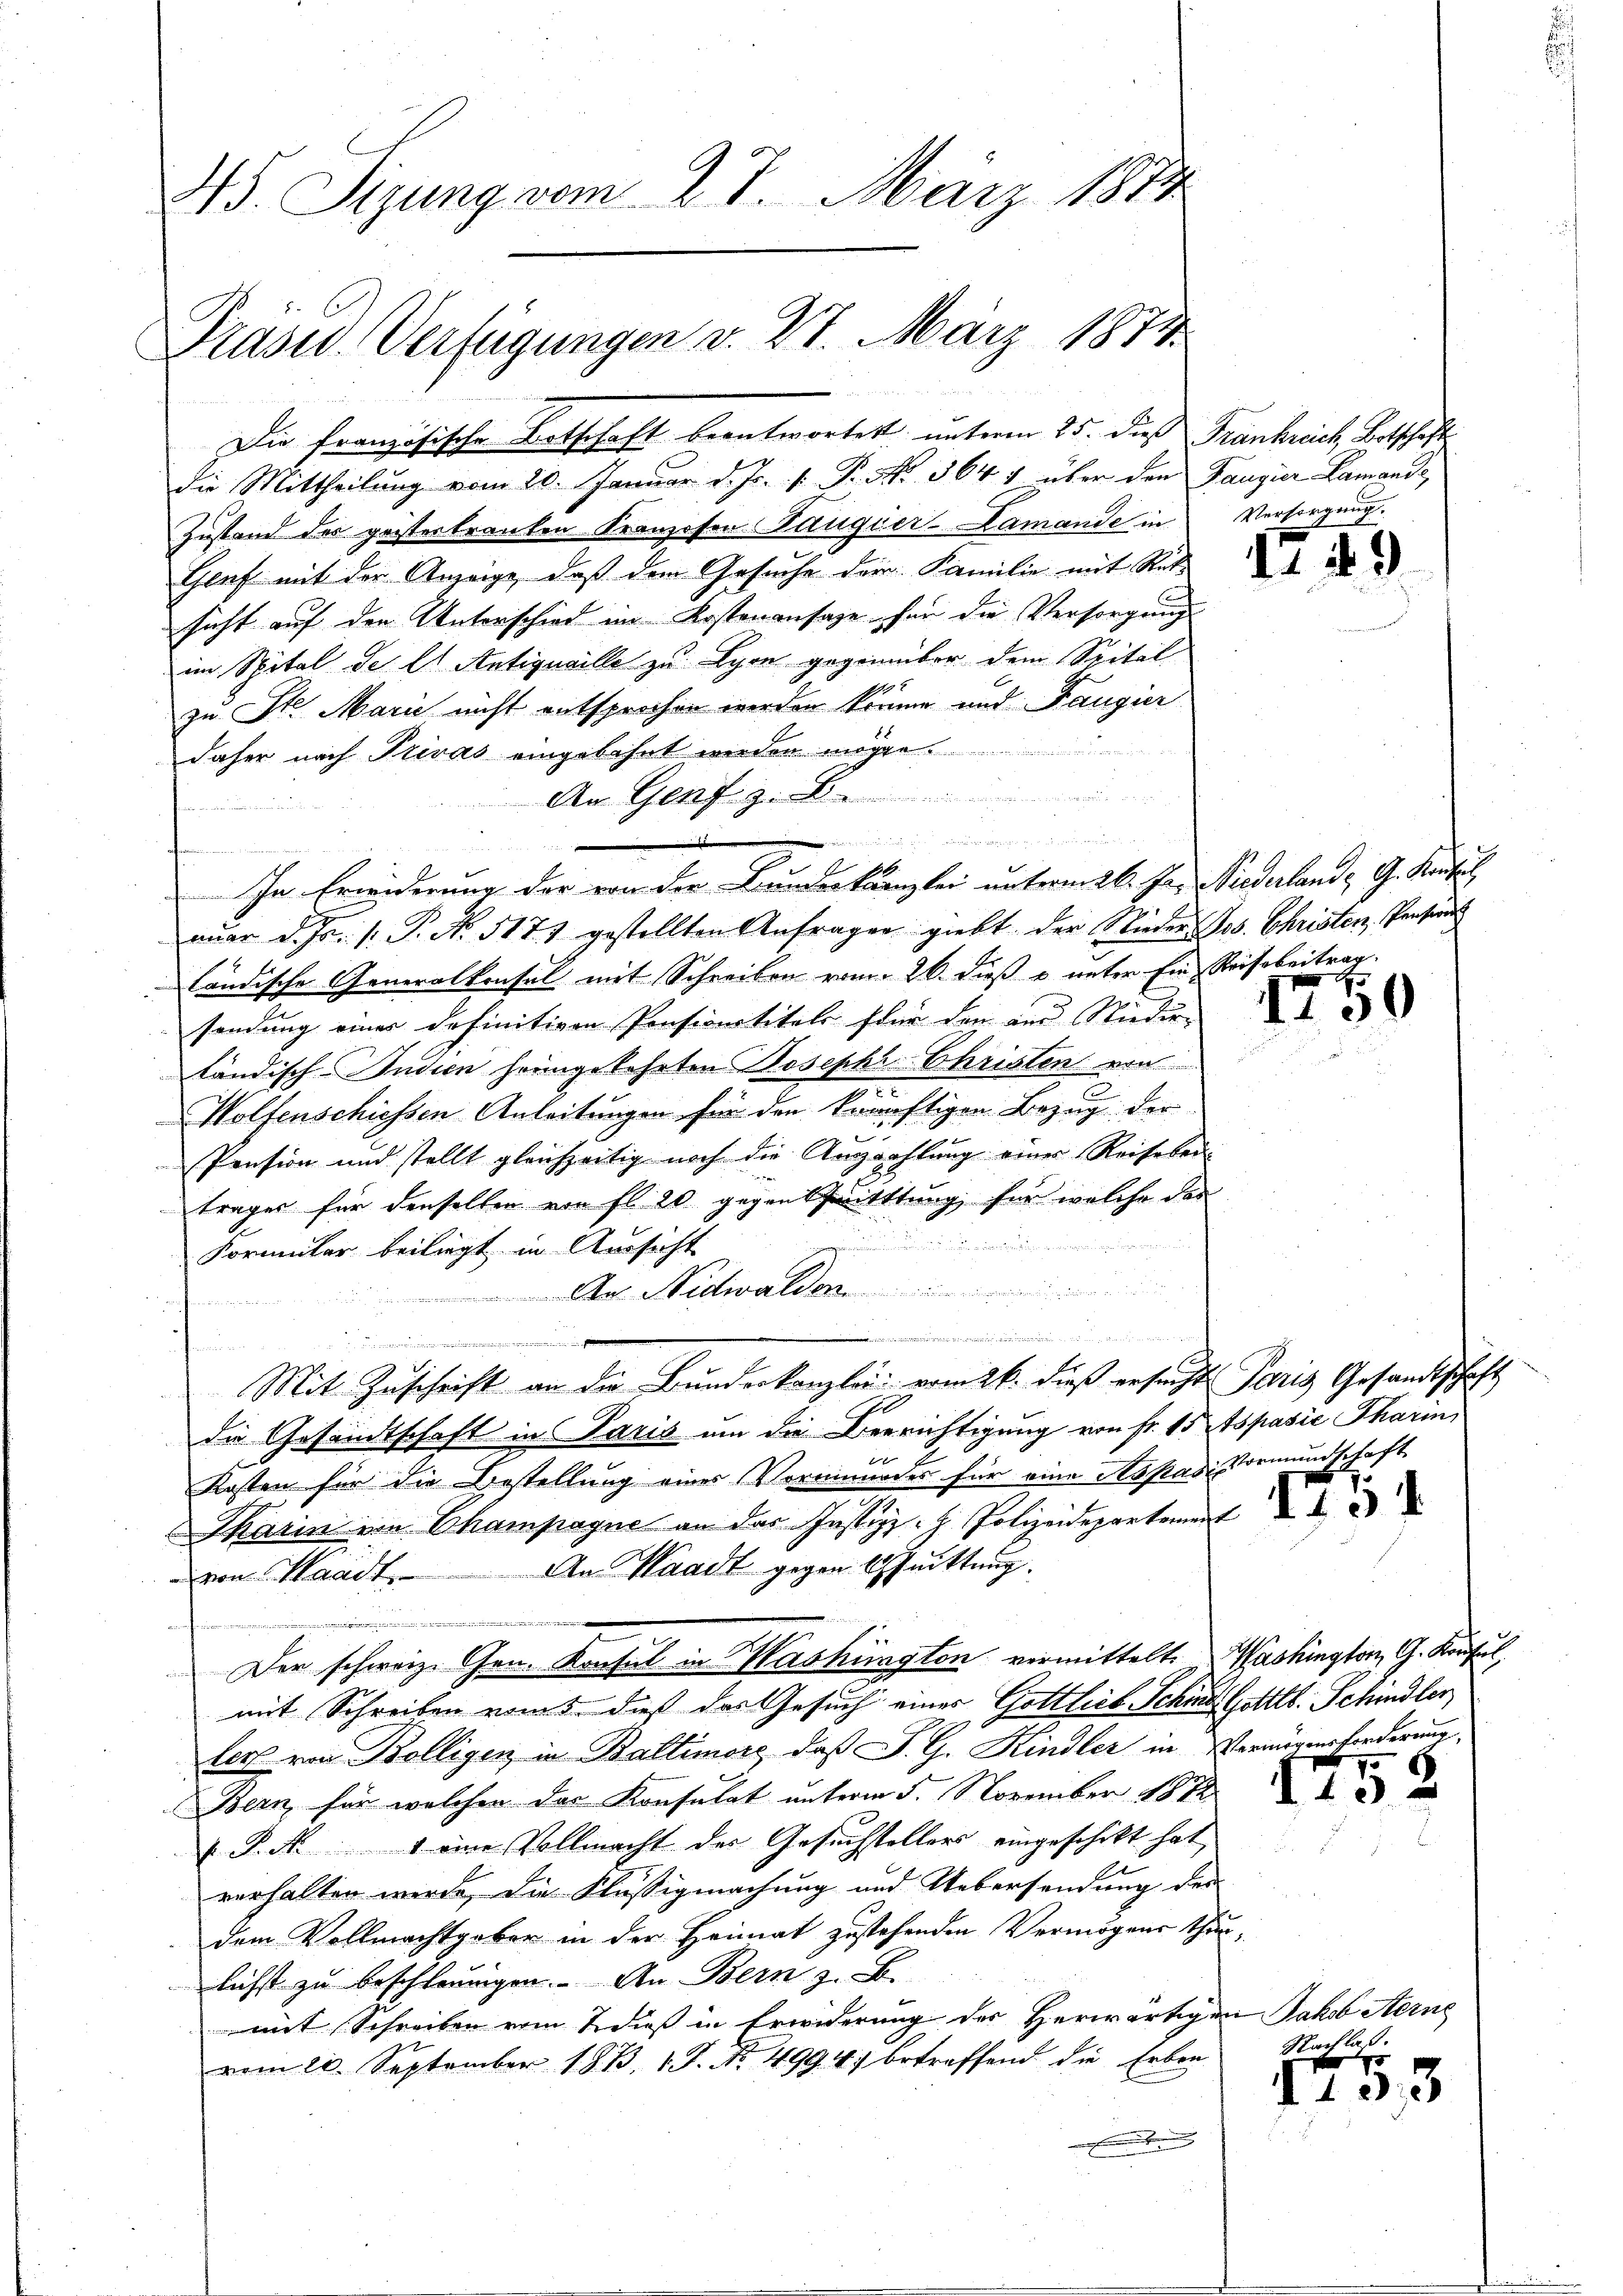
35. Sigung vom 27. März 1874

Präsid. Verfügungen v. 27. März 1874

Die Französische Botschaft beantwortet unterm 25. dieß Frankreich, Botschaft
Die Mittheilung vom 20. Januar d. Js. v. P. Nr. 364 4 über den Taugier Lamande,
Zustand des geistertrauten Kranzosen Taugier-Lamande in Versorgung.
Genf mit der Anzeige, daß dem Gesuche der Familie mit Rück-
sicht auf den Unterschied im Kostenansage für die Versorgung
im Spital de l. Antiquaille zu Lyon gegenüber dem Spital
zu St. Mari nicht entsprochen werden könne und Fangier
daher nach Privas eingebahnt werden möge
An Genf z. B.
In Erwiderung der von der Bundeskanzlei untermale her Riederland, G. Arti
aŭar d. Js. 1. P. Nr. 517 gestellten Anfragen giebt der Nieder Jos. Christen, Pensiren
ländische Generalkonsul mit Schreiben vom 26. dieß u. unter Ein Reisbeitrag.
sendung einer definitiven Pensionstitels für den und Nieder-
tändisch Indien heimgekehrten Josephi- Christen ein
.
Wolfenschiessen Anleitungen für den knünftigen Bezug der
.
Pension und stellt gleichzeitig noch die Anzahlung einer Reiheber-
trages für denselben von fl. 20 gegentritttung für welche des
  den die
gunden
Formular beiliegt in Aussicht
n Nidwalden

Mit Zuschrift an die Bunderkanzlei vom 26. dieß ersucht Paris Gesandtschaft
die Gesandtschaft in Paris um die Beerichtigung von Fr. 15 tspasie Pharin,
Kosten für die Bestellung eines Vormundes für eine Austavisormundschaft
Tharin von Champagne an der Justiz- & Polizeidepartement
von Waadt, An Waadt gegen Quittung.
.
Der schweiz. Gen. Konsul in Washington vermittelt. Washington, G. Konsul
mit Schreiben vom 5. dieß das Gesuch eines Gottlieb Schinde Gottl. Schindler
lers von Bolligen in Baltimore, daß S. G. Kindler in Vermögensforderung,
Bern, für welchen das Konsulat unterm 5. November 1812.
 P. M. 1 eine Vollmacht der Gesuchstellers eingeschikt hat,
1
verhalten werde, die Flüssigmachung und Uebersendung der
dem Vollmachtgeber in der Heimat zustehenden Vermögens thun.
licht zu beschleunigen. An Bern z. B.
mit Schreiben vom 2 dieß in Erwiderung des Herwärtigen
vom 20. September 1833, 1 S. No. 4994. betreffend die Erben-

war ich zu ein wegen das man
1

II 49

1750

.

1752

Jakob Sterne
Nachlaß.

fxx
d133